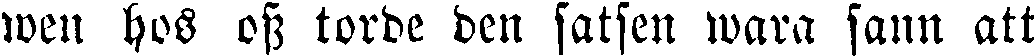
wen hos oss torde den satsen wara sann att